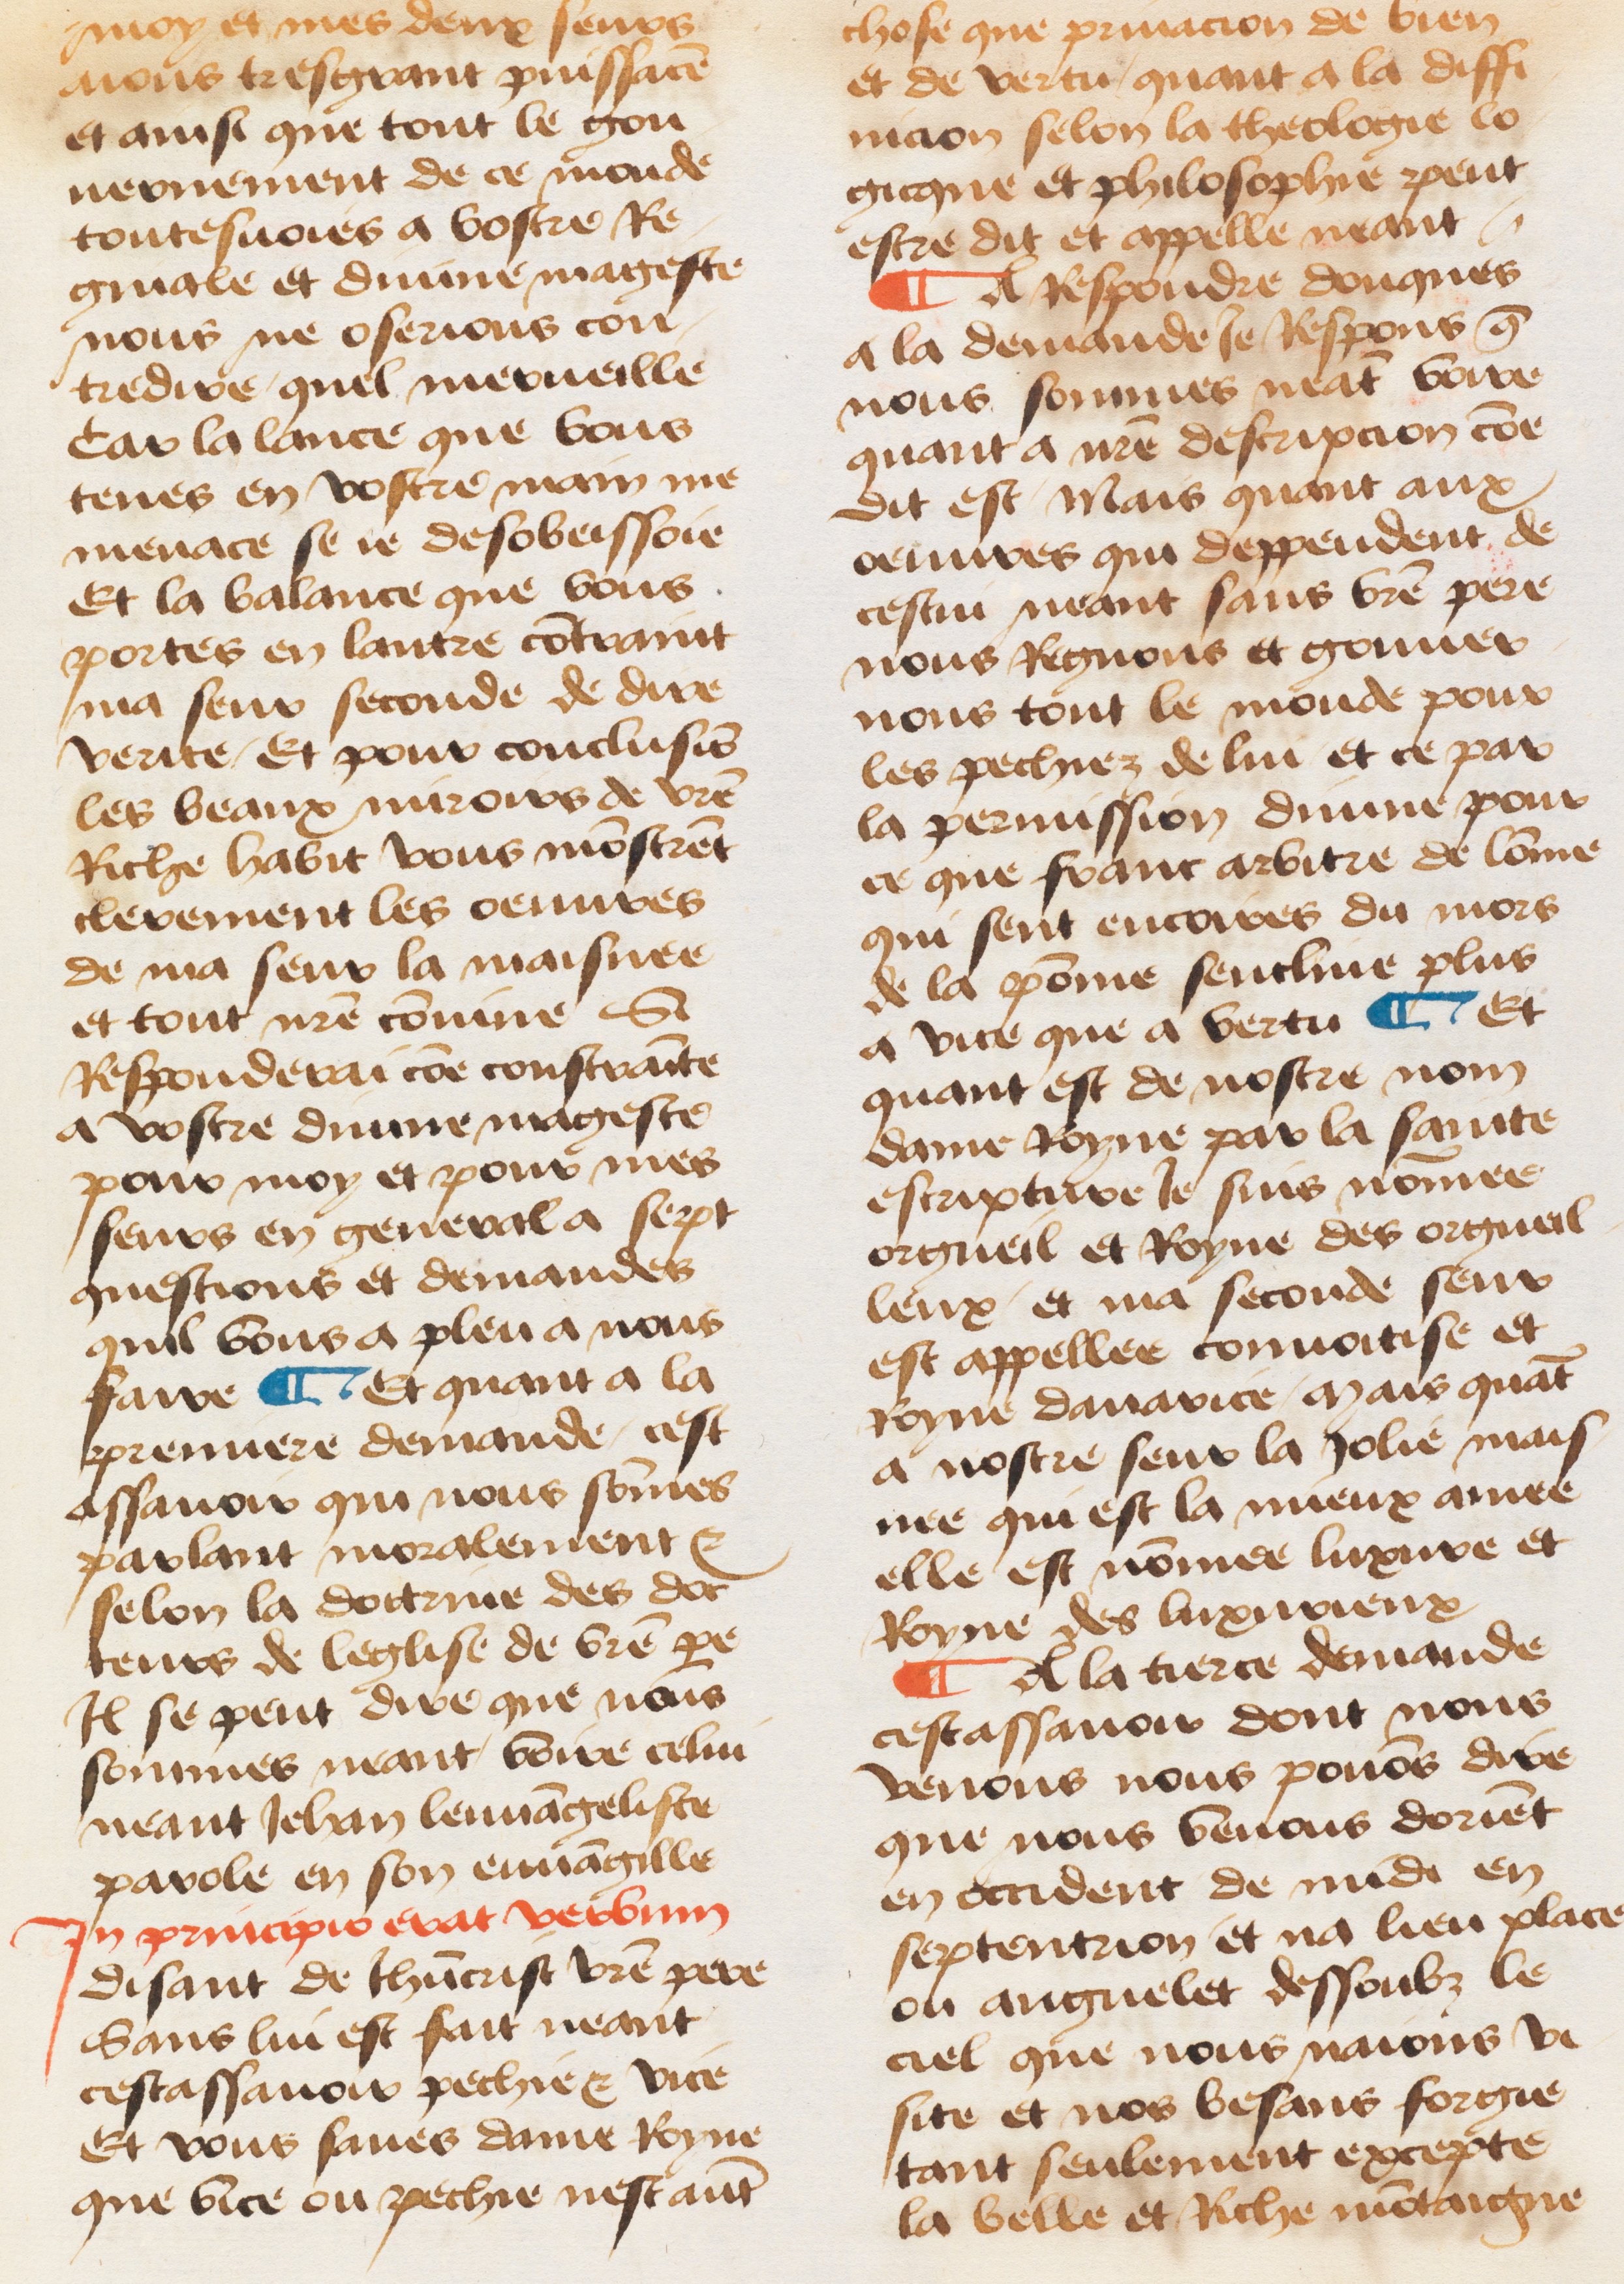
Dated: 1460–1470